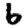
Digit: 6